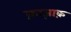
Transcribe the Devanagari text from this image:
क़ाज़ाक़